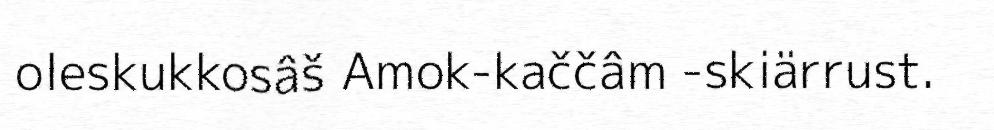
oleskukkosâš Amok-kaččâm -skiärrust.